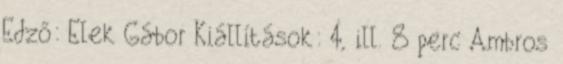
Edző: Elek Gábor Kiállítások: 4, ill. 8 perc Ambros